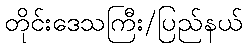
တိုင်းဒေသကြီး/ပြည်နယ်